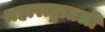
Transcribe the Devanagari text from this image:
महाराष्ट्रातली